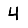
Digit: 4